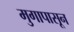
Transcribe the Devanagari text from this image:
मुगापासून